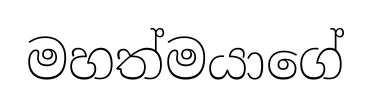
මහත්මයාගේ